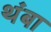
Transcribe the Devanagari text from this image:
थंबा